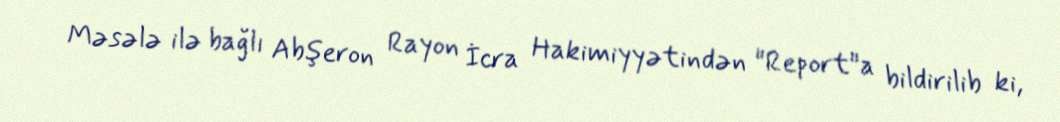
Məsələ ilə bağlı Abşeron Rayon İcra Hakimiyyətindən "Report"a bildirilib ki,